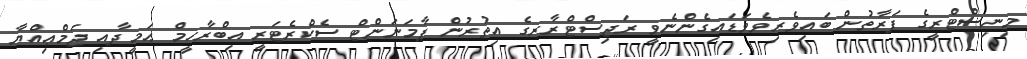
މިނިސްޓްރީގެ ފަރާތުން ބައިވެރިވެވަޑައިގެންނެވީ ރަޖިސްޓްރާރގެ އިތުރުން ޕާމަނަންޓް ސެކްރެޓަރީ އިބްރާހީމް ޙަމީދާއި ޖަމްޢިއްޔާ